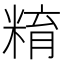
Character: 𥺞